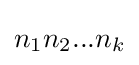
n_{1}n_{2}...n_{k}